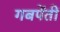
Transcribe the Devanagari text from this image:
गबपेंतीं